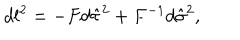
d l ^ { 2 } = - F d \hat { \tau } ^ { 2 } + F ^ { - 1 } d \hat { \sigma } ^ { 2 } ,